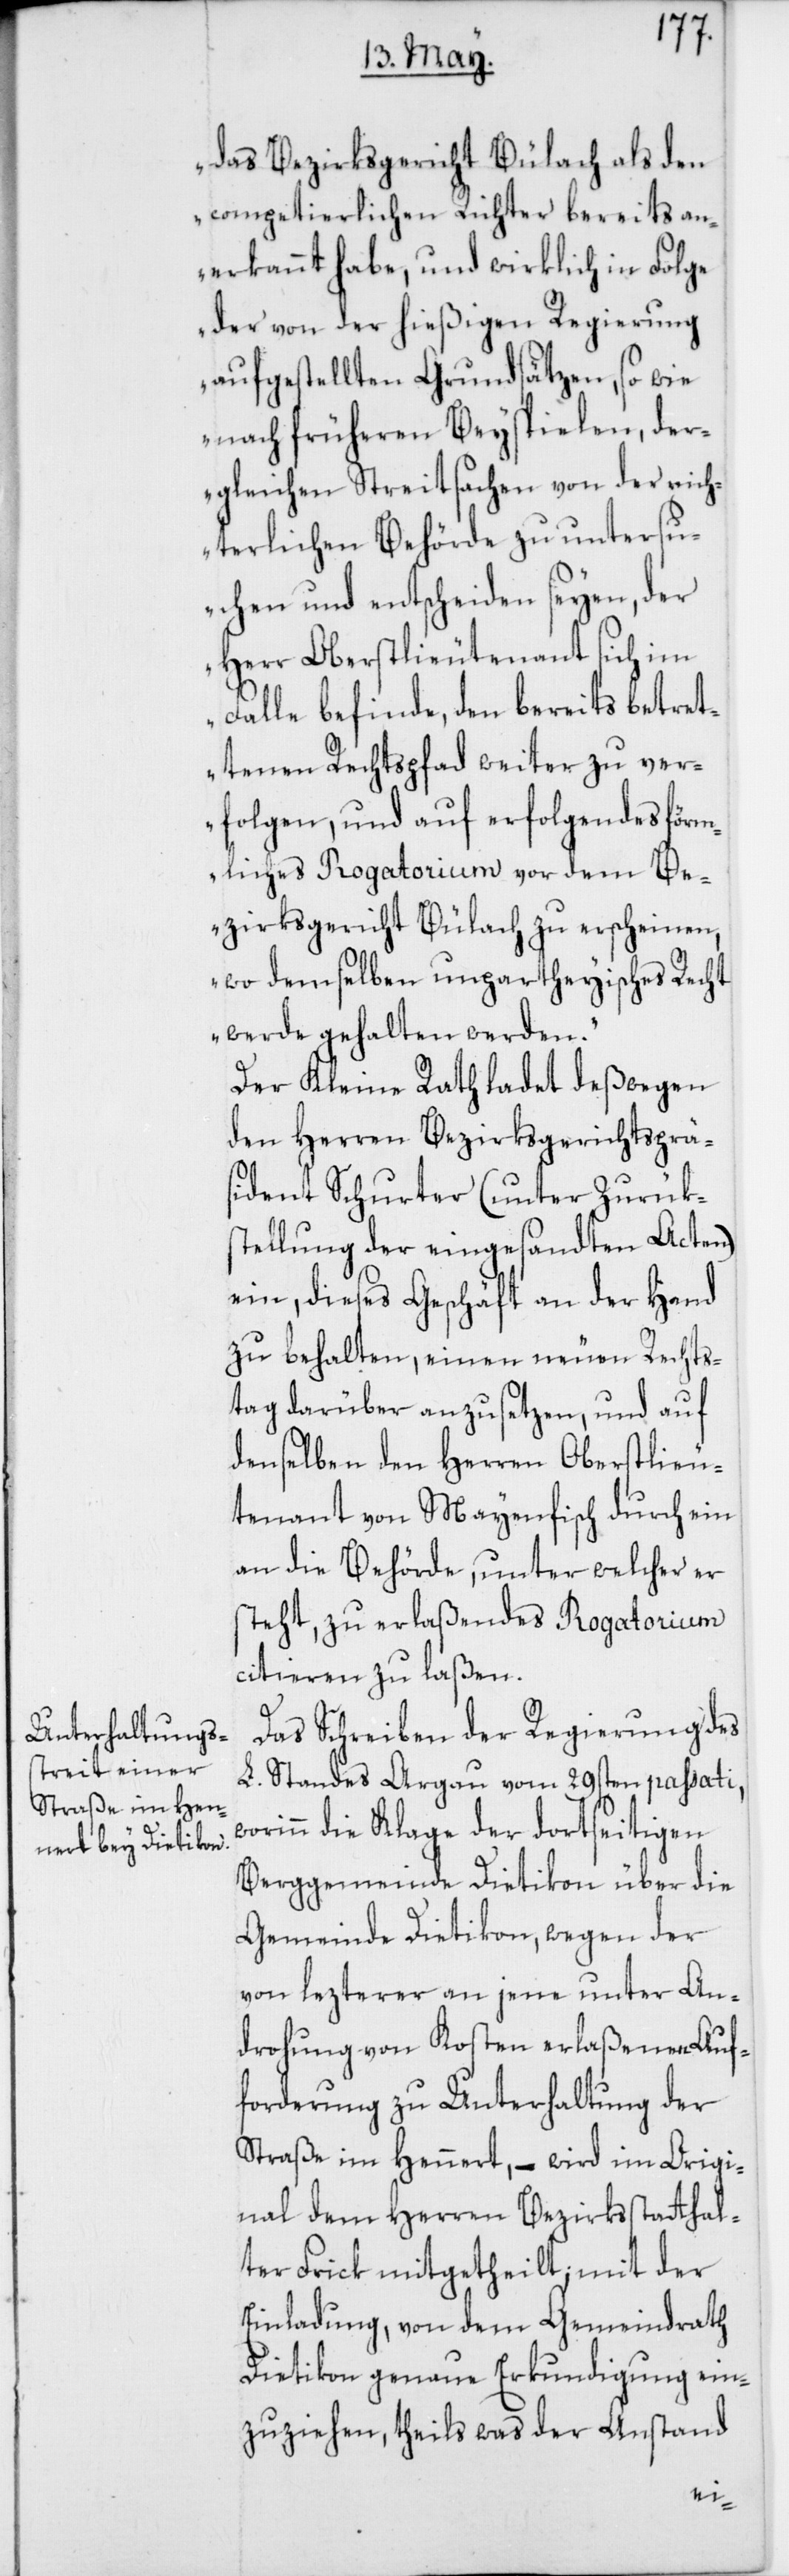
wo¬
das Bezirksgericht Bülach als den
competierlichen Richter bereits an¬
erkannt habe, und wirklich in Folge
der von der hießigen Regierung
aufgestellten Grundsätzen, so wie
nach früheren Beyspielen, der¬
gleichen Streitsachen von der rich¬
terlichen Behörde zu untersu¬
chen und entscheiden seyen, der
Herr Oberstlieutenant sich im
Falle befinde, den bereits betret¬
tenen Rechtspfad weiter zu ver¬
folgen, und auf erfolgendes förm¬
liches Rogatorium vor dem Be¬
zirksgericht Bülach zu erscheinen,
wo demselben unpartheyisches Recht
werde gehalten werden.“
Der Kleine Rath ladet deßwegen
den Herren Bezirksgerichtsprä¬
sident Schurter (unter Zurüks¬
tellung der eingesandten Acten)
ein, dieses Geschäft an der Hand
zu behalten, einen neuen Rechts¬
tag darüber anzusetzen, und auf
denselben den Herren Oberstlieu¬
tenant von Mayenfisch durch ein
an die Behörde, unter welcher er
steht, zu erlaßendes Rogatorium
citieren zu laßen.
Das Schreiben der Regierung des
L. Standes Argau vom 29sten passati,
rinn die Klage der dortseitigen
Berggemeinde Dietikon über die
Gemeinde Dietikon, wegen der
von lezterer an jene unter An¬
drohung von Kosten erlaßenen Auf¬
forderung zu Unterhaltung der
Straße im Hennert, – wird im Origi¬
nal dem Herren Bezirksstatthal¬
ter Frick mitgetheilt; mit der
Einladung, von dem Gemeindrath
Dietikon genaue Erkundigung ein¬
zuziehen, theils was der Anstand